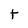
Character: t